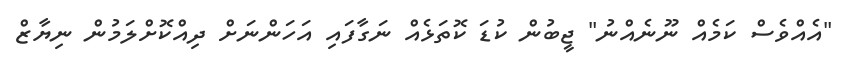
"އެއްވެސް ކަމެއް ނޫނެއްނު" ޖީބުން ކުޑަ ކޮތަޅެއް ނަގާފައި އަހަންނަށް ދިއްކޮށްލަމުން ނިޔާޒް